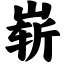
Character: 崭